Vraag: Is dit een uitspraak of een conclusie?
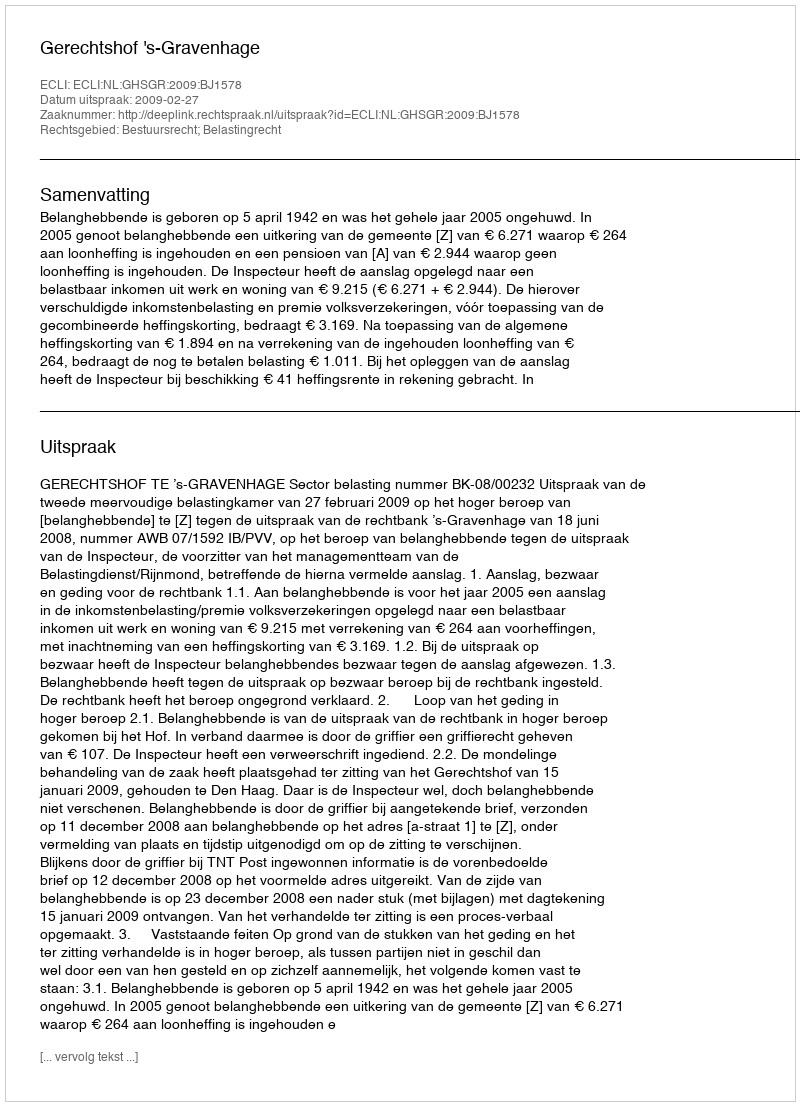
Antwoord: Uitspraak